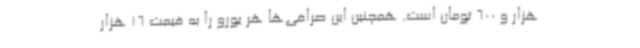
هزار و 600 تومان است. همچنین این صرافی‌ها هر یورو را به قیمت 16 هزار